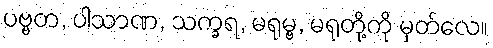
ပဗ္ဗတ, ပါသာဏ, သက္ခရ, မရုမ္ဗ, မရုတို့ကို မှတ်လေ။